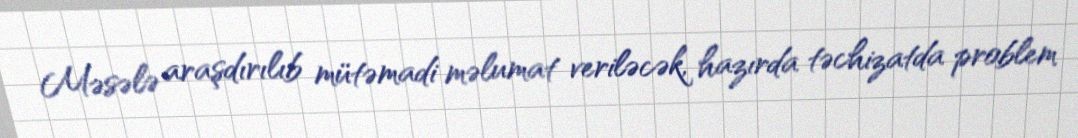
Məsələ araşdırılıb mütəmadi məlumat veriləcək, hazırda təchizatda problem